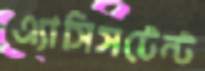
এ্যাসিসটেন্ট